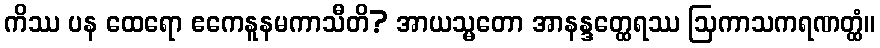
ကိဿ ပန ထေရော ဧကေနူနမကာသီတိ? အာယသ္မတော အာနန္ဒတ္ထေရဿ ဩကာသကရဏတ္ထံ။